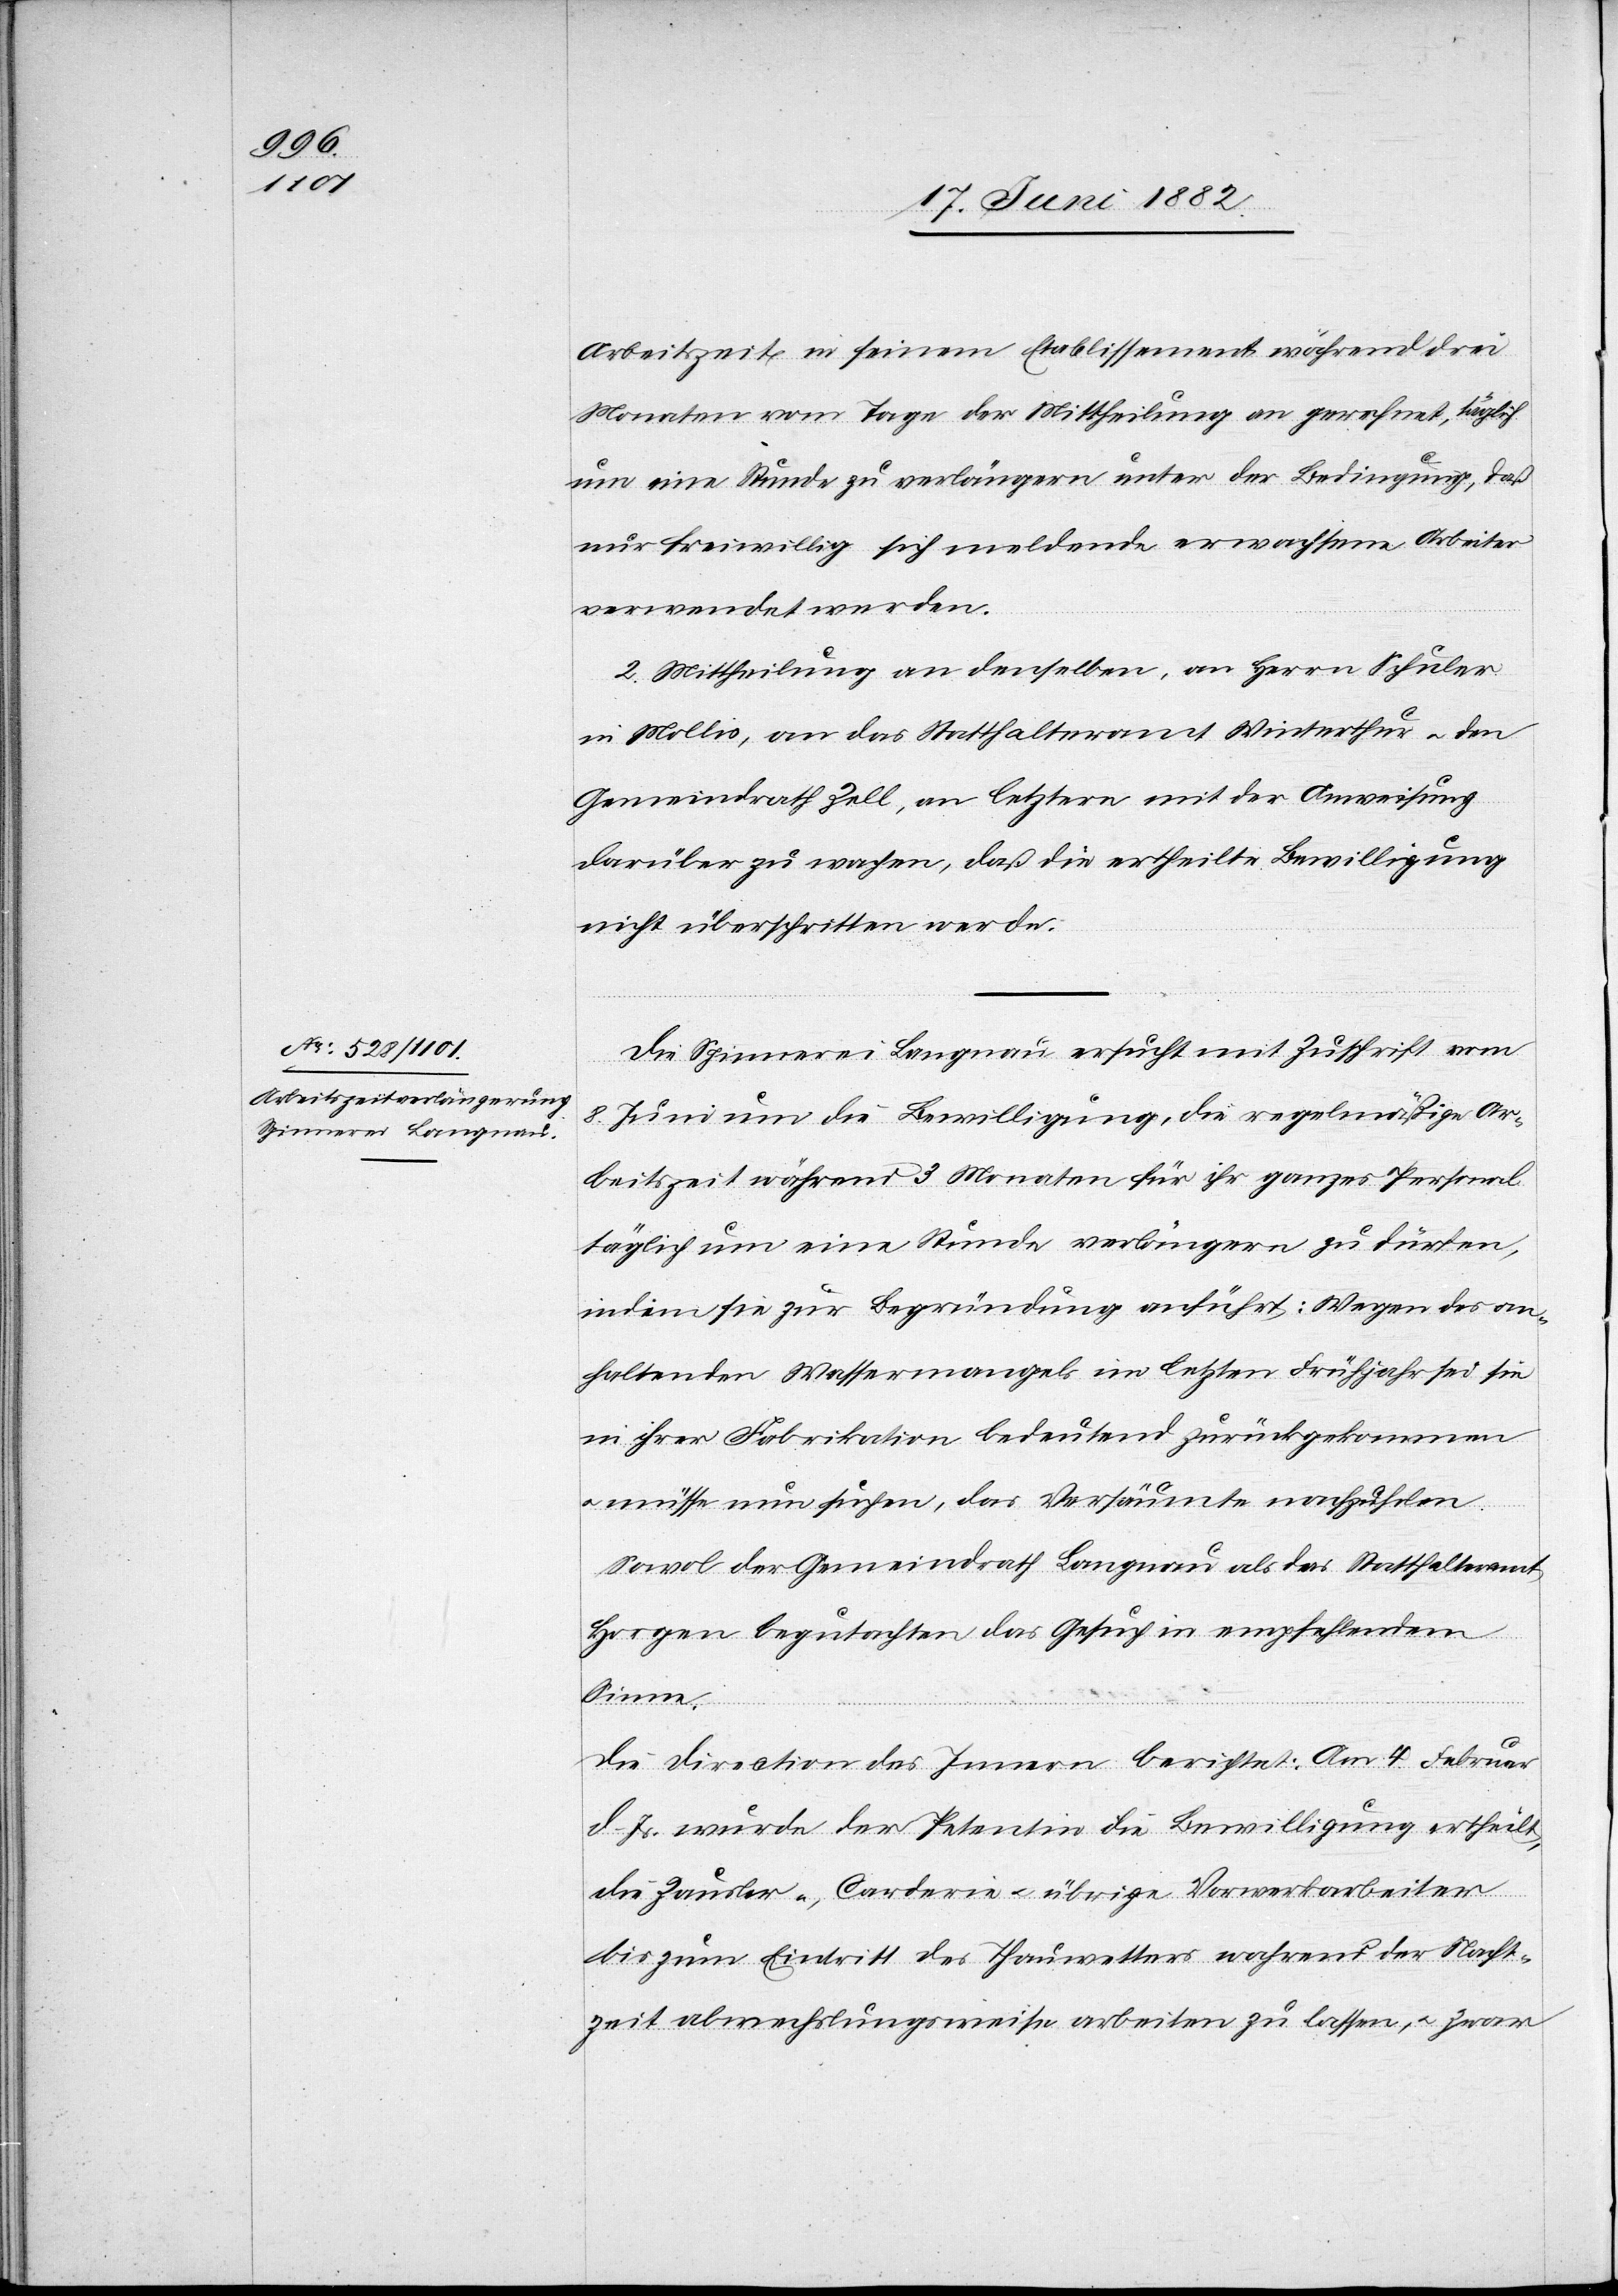
Arbeitszeit in seinem Etablissement während drei
Monaten vom Tage der Mittheilung an gerechnet, täglich
um eine Stunde zu verlängern unter der Bedingung, daß
nur freiwillig sich meldende erwachsene Arbeiter
verwendet werden.
2. Mittheilung an denselben, an Herrn Schuler
in Mollis, an das Statthalteramt Winterthur u. den
Gemeindrath Zell, an letztere mit der Anweisung
darüber zu wachen, daß die ertheilte Bewilligung
nicht überschritten werde.
Die Spinnerei Langnau ersucht mit Zuschrift vom
8. Juni die Bewilligung, die regelmäßige Ar¬
beitszeit während drei Monaten für ihr ganzes Personal
indem sie zur Begründung anführt: Wegen des an¬
haltenden Wassermangels im letzten Frühjahr sei sie
mit ihrer Fabrikation bedeutend zurückgekommen
müsse nun suchen, das Versäumte nachzuholen.
Sowol der Gemeindrath Langnau als das Statthalteramt
Horgen begutachten das Gesuch in empfehlendem
Sinne.
Die Direction des Innern berichtet: Am 4. Februar
d. Js. wurde der Petentin die Bewilligung ertheilt,
die Zausler-, Carderie[-] u. übrige[n] Vorwerkarbeiter
bis zum Eintritt des Thauwassers während der Nacht¬
zeit abwechslungsweise arbeiten zu lassen, u. zwar